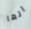
انها